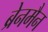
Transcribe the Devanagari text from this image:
ब्रेनमैन